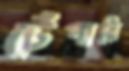
টেঁপারি